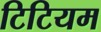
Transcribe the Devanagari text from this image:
टिटियम